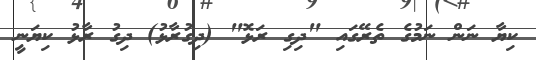
ކިޔާ ނަން ނަމުގެ ތެރޭގައި "ދިގި ރަޅޮ" (ދިގުރާޅު) ދިގު ރާޅު ކިޔަނީ